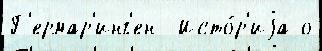
Г'ермар'инг'ен  Исто́р'иjа о